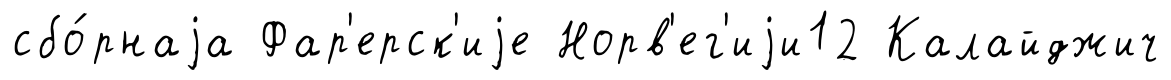
сбо́рнаjа Фар'ерск'иjе Норв'ег'иjи12 Калайджич